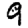
Digit: 9